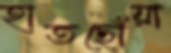
হাতছোঁয়া